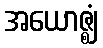
အယောဇ္ဈံ